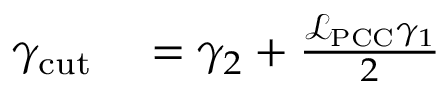
\begin{array} { r l } { \gamma _ { \mathrm { c u t } } } & { { } = \gamma _ { 2 } + \frac { \mathcal { L } _ { \mathrm { P C C } } \gamma _ { 1 } } { 2 } } \end{array}